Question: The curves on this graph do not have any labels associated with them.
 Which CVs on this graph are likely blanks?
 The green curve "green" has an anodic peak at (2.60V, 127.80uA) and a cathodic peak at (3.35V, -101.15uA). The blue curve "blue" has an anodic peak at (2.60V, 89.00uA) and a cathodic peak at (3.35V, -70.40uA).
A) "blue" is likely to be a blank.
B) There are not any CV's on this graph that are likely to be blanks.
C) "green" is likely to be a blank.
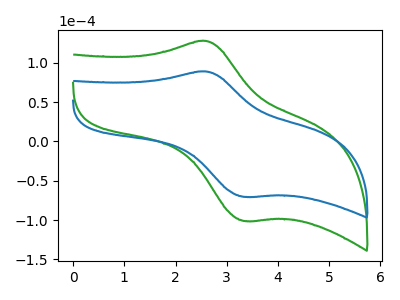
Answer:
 <answer>B) There are not any CV's on this graph that are likely to be blanks.</answer>
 <eval>B</eval>